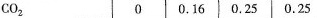
CO_{2} 0 0.16 0.25 0.25